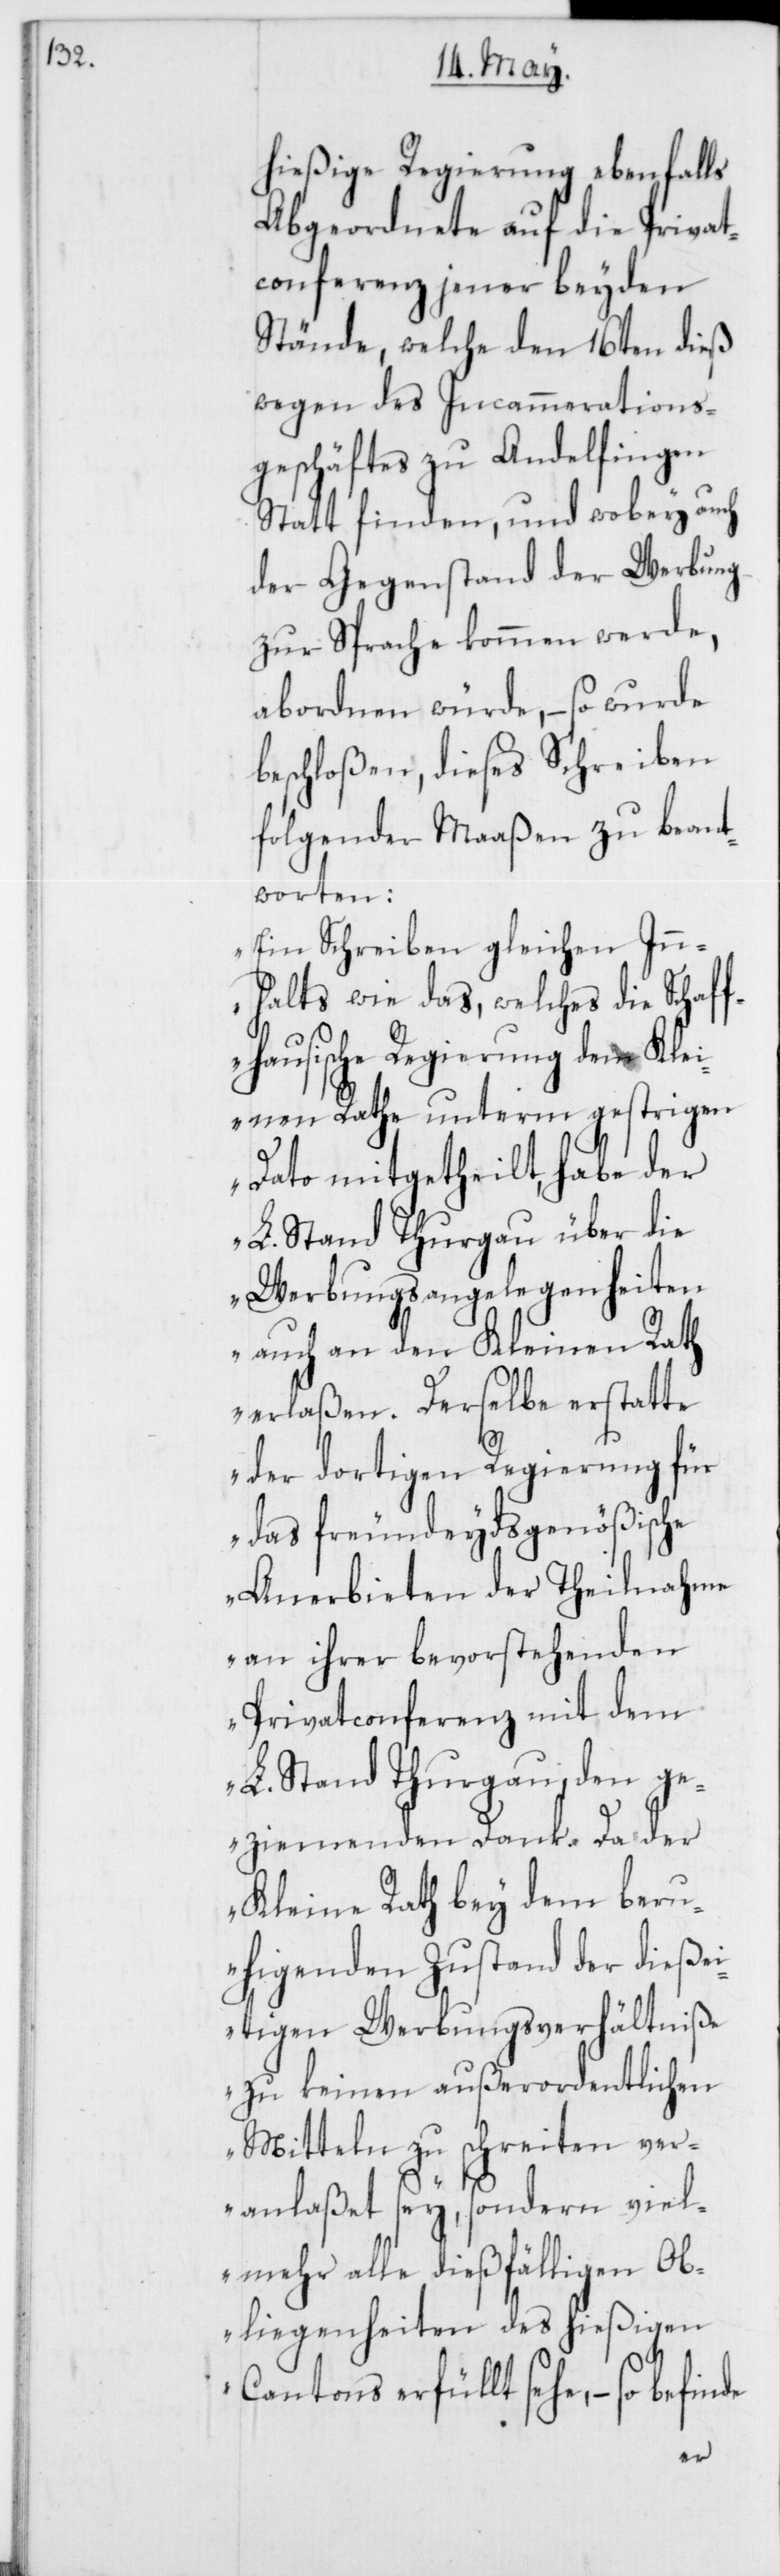
hießige Regierung ebenfalls
Abgeordnete auf die Privat¬
conferenz jener beyden
Stände, welche den 16ten dieß
wegen des Incammerations¬
geschäftes zu Andelfingen
Statt finden, und wobey auch
der Gegenstand der Werbung
zur Sprache kommen werde,
abordnen würde, – so wurde
beschloßen, dieses Schreiben
folgender Maaßen zu beant¬
worten:
„Ein Schreiben gleichen Inn¬
halts wie das, welches die Schaff¬
hausische Regierung dem Kle¬
inen Rathe unterm gestrigen
Dato mitgetheilt, habe der
L. Stand Thurgau über die
Werbungsangelegenheiten
auch an den Kleinen Rath
erlaßen. Derselbe erstatte
der dortigen Regierung für
das freundeydsgenößische
Anerbieten der Theilnahme
an ihrer bevorstehenden
Privatconferenz mit dem
L. Stand Thurgau, den ge¬
ziemenden Dank. Da der
Kleine Rath bey dem ber¬
uhigenden Zustand der dieße¬
itigen Werbungsverhältniße
zu keinen außerordentlichen
Mitteln zu schreiten ver¬
anlaßet sey, sondern viel¬
mehr alle dießfälligen Ob¬
liegenheiten des hießigen
Cantons erfüllt sehe, – so